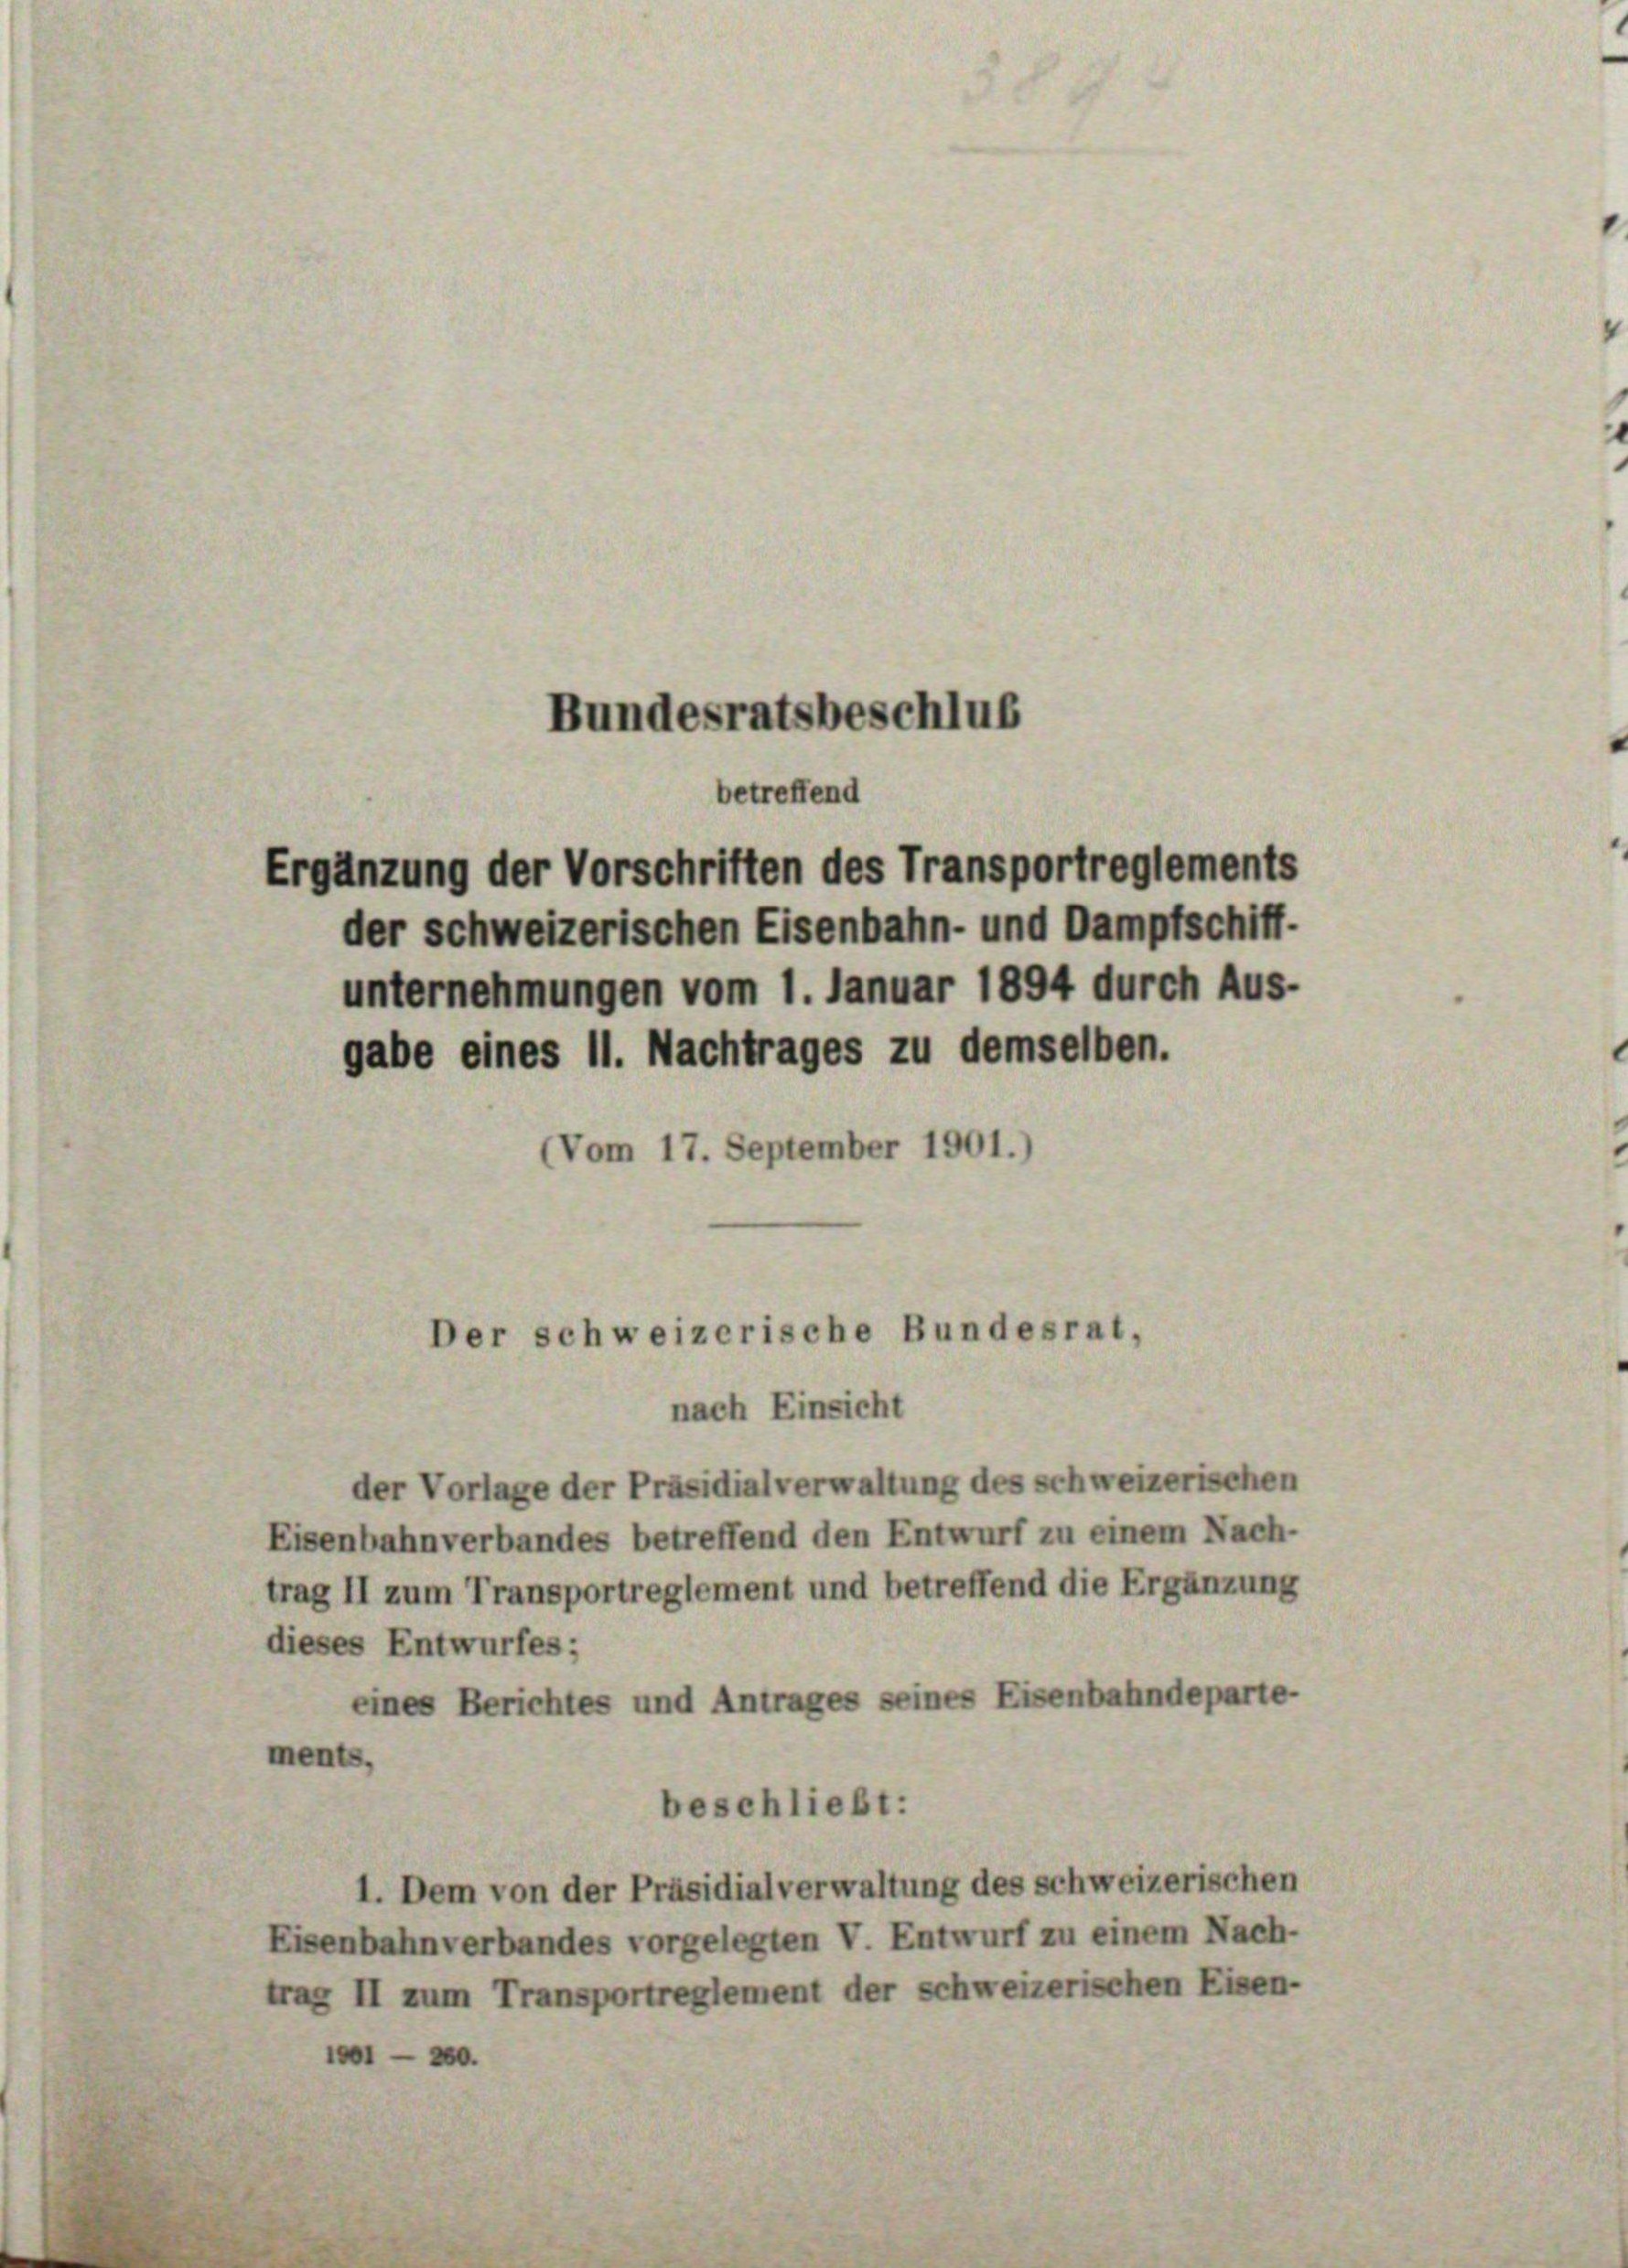
Bundesratsbeschlus
betreffend
Ergänzung der Vorschriften des Transportreglements
der schweizerischen Eisenbahn- und Dampfschiff-

unternehmungen vom 1. Januar 1894 durch Aus-
gabe eines 11. Nachtrages zu demselben.
(Vom 17. September 1901.)

nach Einsicht

Der schweizerische Bundesrat,

der Vorlage der Präsidialverwaltung des schweizerischen
Eisenbahnverbandes betreffend den Entwurf zu einem Nach-
trag II zum Transportreglement und betreffend die Ergänzung
dieses Entwurfes;
eines Berichtes und Antrages seines Eisenbahndeparte-
ments,
beschließt:
1. Dem von der Präsidialverwaltung des schweizerischen
Eisenbahnverbandes vorgelegten V. Entwurf zu einem Nach-
trag II zum Transportreglement der schweizerischen Eisen-
1120.